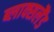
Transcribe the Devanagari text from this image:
ब्लाक्सलैंड